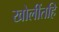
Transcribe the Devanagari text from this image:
खोलींतहि